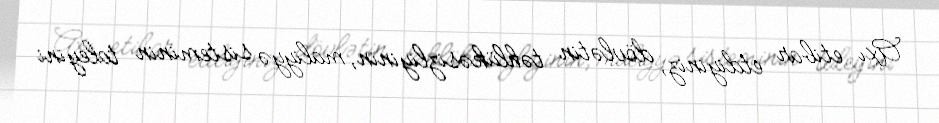
Axı etibar etdiyiniz, dövlətin təhlükəsizliyinin, maliyyə sisteminin taleyini